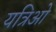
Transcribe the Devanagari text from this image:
यत्रिओ